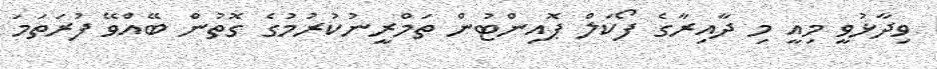
ވިދާޅުވީ މިއީ މި ދާއިރާގެ ފޯކަލް ޕޮއިންޓުން ތަމްރީނުކުރުމުގެ ގޮތުން ބޭއްވޭ ފުރަތަމަ